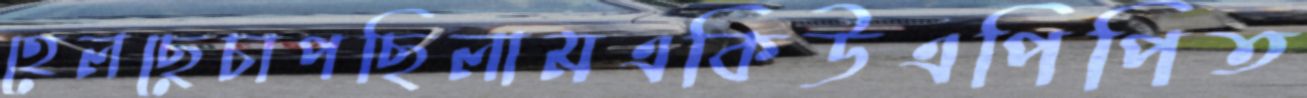
হেলছেচাপছিলামএকিউএপিপিত